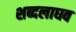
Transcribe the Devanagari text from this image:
शब्दलाघव